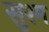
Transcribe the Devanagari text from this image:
सुश्म